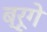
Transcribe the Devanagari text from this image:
ब्रूगे